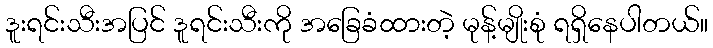
ဒူးရင်းသီးအပြင် ဒူရင်းသီးကို အခြေခံထားတဲ့ မုန့်မျိုးစုံ ရရှိနေပါတယ်။